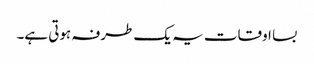
بسا اوقات یہ یک طرفہ ہوتی ہے۔